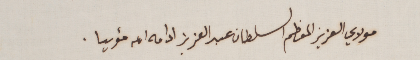
مولاي العزيز المعظم السلطان عبد العزيز ادامه الله مؤبدا.